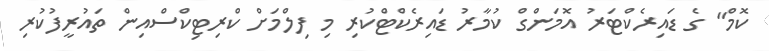
ކޮމް" ގެ ޑައިރެކްޓަރު އޮމަންގް ކުމާރު ޑައިރެކްޓްކުރި މި ފިލްމަށް ކްރިޓިކްސްއިން ތައުރީފުކުރި